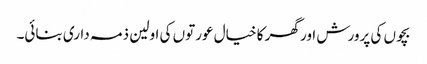
بچوں کی پرورش اور گھر کا خیال عورتوں کی اولین ذمہ داری بنائی۔